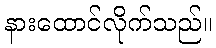
နားထောင်လိုက်သည်။